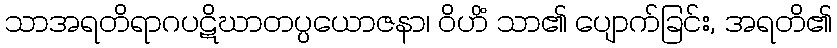
သာအရတိရာဂပဋိဃာတပ္ပယောဇနာ၊ ဝိဟိံ သာ၏ ပျောက်ခြင်း, အရတိ၏